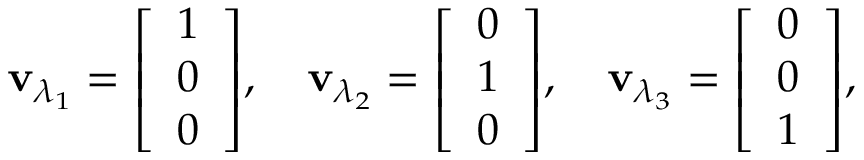
\mathbf { v } _ { \lambda _ { 1 } } = { \left[ \begin{array} { l } { 1 } \\ { 0 } \\ { 0 } \end{array} \right] } , \quad \mathbf { v } _ { \lambda _ { 2 } } = { \left[ \begin{array} { l } { 0 } \\ { 1 } \\ { 0 } \end{array} \right] } , \quad \mathbf { v } _ { \lambda _ { 3 } } = { \left[ \begin{array} { l } { 0 } \\ { 0 } \\ { 1 } \end{array} \right] } ,